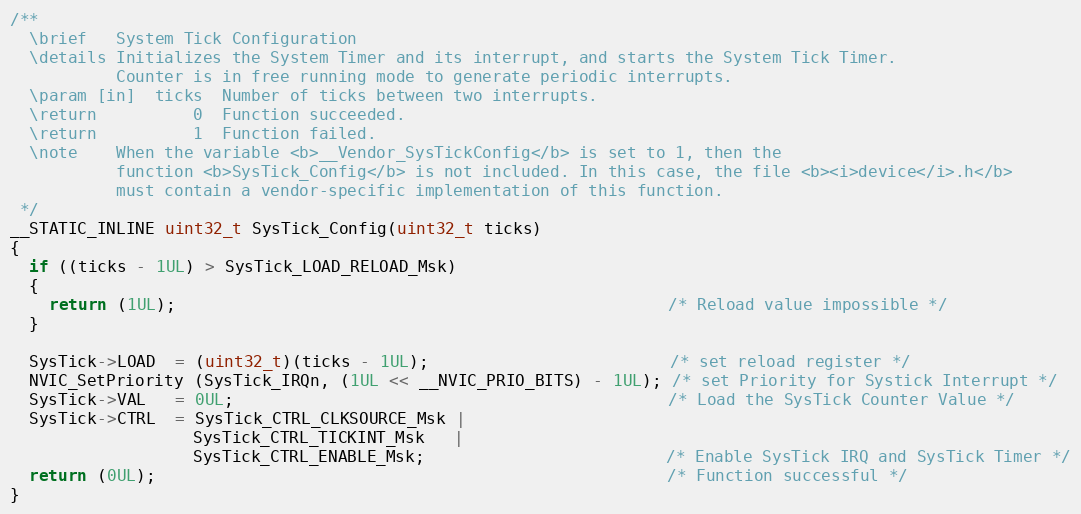
Language: C
/**
  \brief   System Tick Configuration
  \details Initializes the System Timer and its interrupt, and starts the System Tick Timer.
           Counter is in free running mode to generate periodic interrupts.
  \param [in]  ticks  Number of ticks between two interrupts.
  \return          0  Function succeeded.
  \return          1  Function failed.
  \note    When the variable <b>__Vendor_SysTickConfig</b> is set to 1, then the
           function <b>SysTick_Config</b> is not included. In this case, the file <b><i>device</i>.h</b>
           must contain a vendor-specific implementation of this function.
 */
__STATIC_INLINE uint32_t SysTick_Config(uint32_t ticks)
{
  if ((ticks - 1UL) > SysTick_LOAD_RELOAD_Msk)
  {
    return (1UL);                                                   /* Reload value impossible */
  }

  SysTick->LOAD  = (uint32_t)(ticks - 1UL);                         /* set reload register */
  NVIC_SetPriority (SysTick_IRQn, (1UL << __NVIC_PRIO_BITS) - 1UL); /* set Priority for Systick Interrupt */
  SysTick->VAL   = 0UL;                                             /* Load the SysTick Counter Value */
  SysTick->CTRL  = SysTick_CTRL_CLKSOURCE_Msk |
                   SysTick_CTRL_TICKINT_Msk   |
                   SysTick_CTRL_ENABLE_Msk;                         /* Enable SysTick IRQ and SysTick Timer */
  return (0UL);                                                     /* Function successful */
}